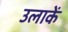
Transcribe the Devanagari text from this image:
उलाकें